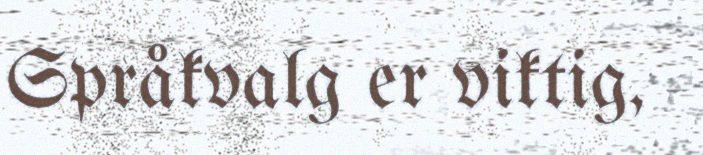
Språkvalg er viktig,